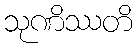
သုဏိဿတိ